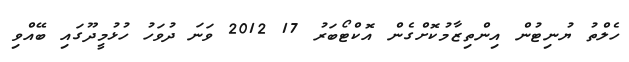
ހެލްތު ޔުނިޓުން އިންތިޒާމުކޮށްގެން އޮކްޓޯބަރު 17 2012 ވަނަ ދުވަހު ހުޅުމީދޫގައި ބޭއްވި